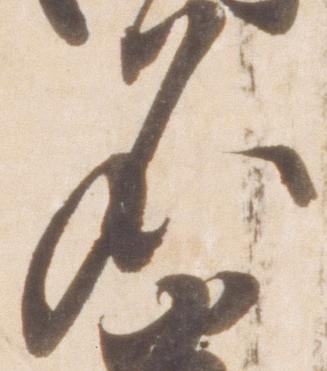
名